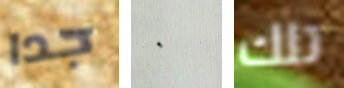
جدا ٠ تلك